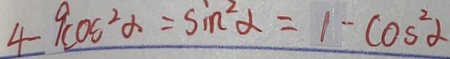
4 - 9 \cos ^ { 2 } \alpha = \sin ^ { 2 } \alpha = 1 - \cos ^ { 2 } \alpha